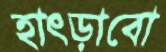
হাৎড়াবো